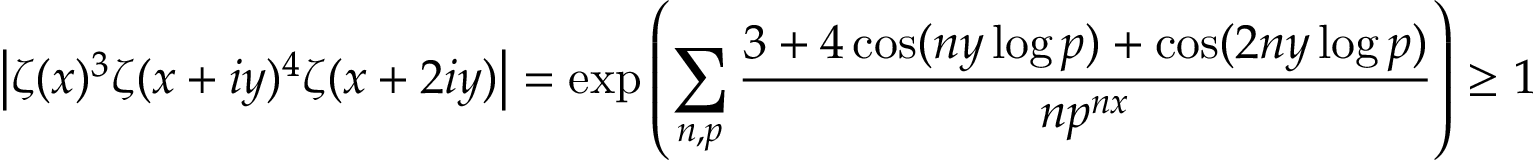
\left| \zeta ( x ) ^ { 3 } \zeta ( x + i y ) ^ { 4 } \zeta ( x + 2 i y ) \right| = \exp \left( \sum _ { n , p } { \frac { 3 + 4 \cos ( n y \log p ) + \cos ( 2 n y \log p ) } { n p ^ { n x } } } \right) \geq 1